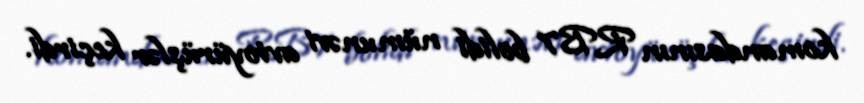
komandasının RB7 bolidi nümunəvi avtoyürüşlər keçirdi.